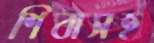
শিবাসহ